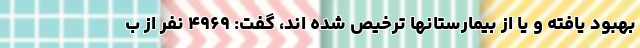
بهبود یافته و یا از بیمارستانها ترخیص شده اند، گفت: ۴۹۶۹ نفر از ب